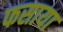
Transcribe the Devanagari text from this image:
फसाया